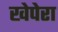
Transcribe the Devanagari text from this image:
खेपेरा